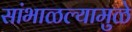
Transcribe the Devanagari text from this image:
सांभाळल्यामुळे